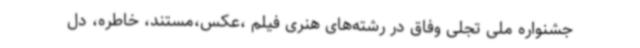
جشنواره ملی تجلی وفاق در رشته‌های هنری فیلم ،عکس،مستند، خاطره، دل